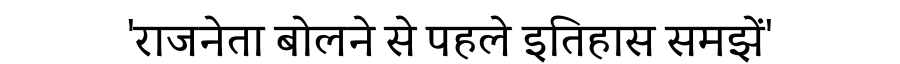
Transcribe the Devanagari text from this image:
'राजनेता बोलने से पहले इतिहास समझें'